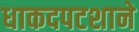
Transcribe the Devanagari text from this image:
धाकदपटशाने